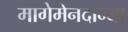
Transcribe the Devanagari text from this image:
मागेमेनदान्या